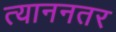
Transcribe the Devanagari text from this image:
त्याननतर